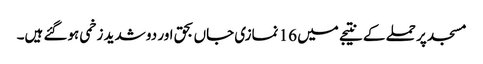
مسجد پر حملے کے نتیجے میں 16 نمازی جاں بحق اور دو شدید زخمی ہوگئے ہیں۔